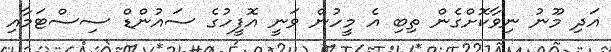
އަދި މޫނު ނިވާކޮށްގެން ތިބި އެ މީހުން ވަނީ އޮފީހުގެ ސައުންޑް ސިސްޓަމާއި